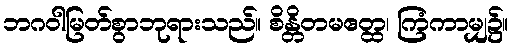
ဘဂဝါမြတ်စွာဘုရားသည်။ စိန္တိတမဧတ္ထ၊ ကြံကာမျှ၌။